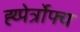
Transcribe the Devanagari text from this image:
ह्य्पेर्त्रोफ्य